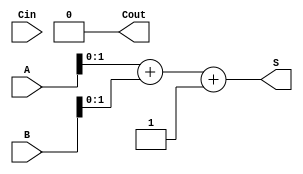
module CarrySelectAdder(
    input [3:0] A,      // 4-bit input A
    input [3:0] B,      // 4-bit input B
    input Cin,          // Input carry
    output [3:0] S,     // 4-bit sum output
    output Cout         // Output carry
);

    wire [3:0] S0, S1;      // Sums for carry-in = 0 and carry-in = 1
    wire C0, C1;            // Carry outputs for carry-in = 0 and carry-in = 1

    // 2-bit adders for each segment
    assign {C0, S0} = A[1:0] + B[1:0] + 0;  // Add lower 2 bits with Cin = 0
    assign {C1, S1} = A[1:0] + B[1:0] + 1;  // Add lower 2 bits with Cin = 1

    // Carry Lookahead Logic for the next segment
    wire P0, G0, P1, G1;

    assign P0 = A[1] ^ B[1]; // Propagate for bit 1
    assign G0 = A[1] & B[1]; // Generate for bit 1
    assign P1 = A[2] ^ B[2]; // Propagate for bit 2
    assign G1 = A[2] & B[2]; // Generate for bit 2

    // Carry for the second segment based on the first segment's carry
    wire C2;
    assign C2 = G0 | (P0 & Cin);

    // Sums for the second segment
    wire [3:0] S2, S3;
    assign {C2, S2} = A[3:2] + B[3:2] + C0; // Add higher 2 bits with C0
    assign {C3, S3} = A[3:2] + B[3:2] + C1; // Add higher 2 bits with C1

    // Final selection of sum and carry
    assign S = {S3, S1};       // Concatenate sums
    assign Cout = Cin ? C1 : C0; // Select carry output based on Cin

endmodule